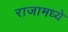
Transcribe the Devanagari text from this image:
राजामध्ये